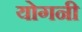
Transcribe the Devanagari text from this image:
योगनी